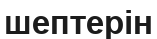
шептерін